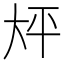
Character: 𫯡